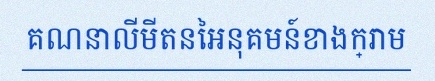
គណនាលីមីតនៃអនុគមន៍ខាងក្រោម